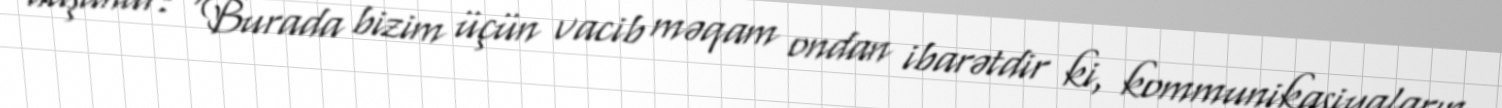
düşünür: “Burada bizim üçün vacib məqam ondan ibarətdir ki, kommunikasiyaların